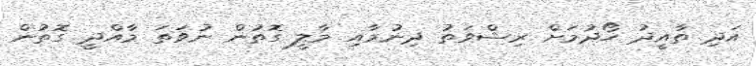
އަދި ތާއީދު ހޯދުމަށް ރިޝްވަތު ދިނުމާއި މާލީ ގޮތުން ނުވަތަ މާއްދީ ގޮތުން